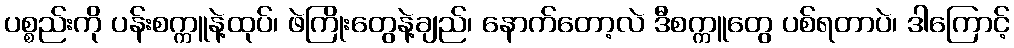
ပစ္စည်းကို ပန်းစက္ကူနဲ့ထုပ်၊ ဖဲကြိုးတွေနဲ့ချည်၊ နောက်တော့လဲ ဒီစက္ကူတွေ ပစ်ရတာပဲ၊ ဒါကြောင့်